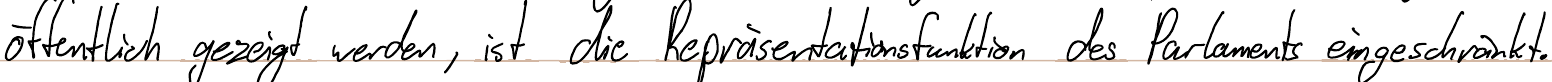
öffentlich gezeigt werden, ist die Repräsentationsfunktion des Parlaments eingeschränkt.